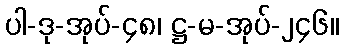
ပါ-ဒု-အုပ်-၄၈၊ ဋ္ဌ-မ-အုပ်-၂၄၆။